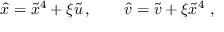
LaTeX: \hat { x } = \tilde { x } ^ { 4 } + \xi \tilde { u } \, , \qquad \hat { v } = \tilde { v } + \xi \tilde { x } ^ { 4 } \ ,